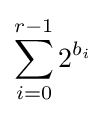
\sum _{i=0}^{r-1}2^{b_{i}}